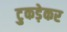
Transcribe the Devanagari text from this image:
टुकड़ेकर